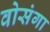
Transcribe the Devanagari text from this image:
वोसंगा